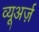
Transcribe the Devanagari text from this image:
व्यूअर्ज़